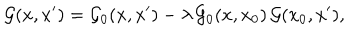
{ \cal G } ( x , x ^ { \prime } ) = { \cal G } _ { 0 } ( x , x ^ { \prime } ) - \lambda \, { \cal G } _ { 0 } ( x , x _ { 0 } ) \, { \cal G } ( x _ { 0 } , x ^ { \prime } ) ,